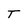
Character: T